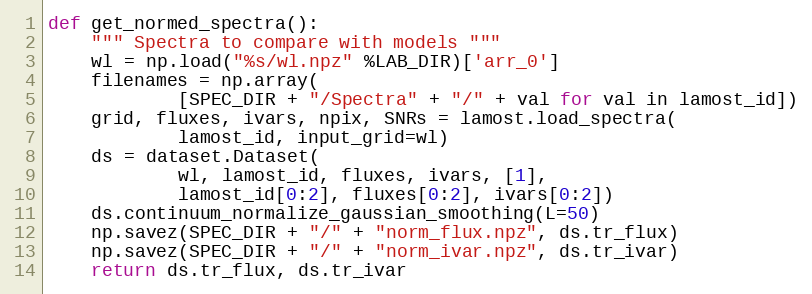
Language: Python
def get_normed_spectra():
    """ Spectra to compare with models """
    wl = np.load("%s/wl.npz" %LAB_DIR)['arr_0']
    filenames = np.array(
            [SPEC_DIR + "/Spectra" + "/" + val for val in lamost_id])
    grid, fluxes, ivars, npix, SNRs = lamost.load_spectra(
            lamost_id, input_grid=wl)
    ds = dataset.Dataset(
            wl, lamost_id, fluxes, ivars, [1],
            lamost_id[0:2], fluxes[0:2], ivars[0:2])
    ds.continuum_normalize_gaussian_smoothing(L=50)
    np.savez(SPEC_DIR + "/" + "norm_flux.npz", ds.tr_flux)
    np.savez(SPEC_DIR + "/" + "norm_ivar.npz", ds.tr_ivar)
    return ds.tr_flux, ds.tr_ivar